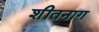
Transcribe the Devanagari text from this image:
शीतनाग